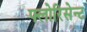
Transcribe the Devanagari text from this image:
फ्लोरिसेन्ट